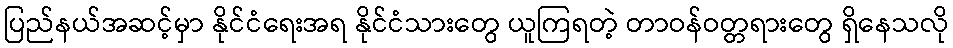
ပြည်နယ်အဆင့်မှာ နိုင်ငံရေးအရ နိုင်ငံသားတွေ ယူကြရတဲ့ တာဝန်ဝတ္တရားတွေ ရှိနေသလို